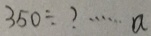
3 5 0 \div ? \cdots a